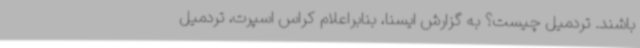
باشند. تردمیل چیست؟ به گزارش ایسنا، بنابراعلام کراس اسپرت، تردمیل